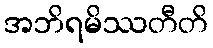
အဘိရမိဿတီတိ